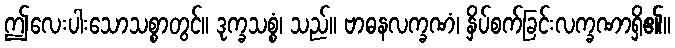
ဤလေးပါးသောသစ္စာတွင်။ ဒုက္ခသစ္စံ၊ သည်။ ဗာဓနလက္ခဏံ၊ နှိပ်စက်ခြင်းလက္ခဏာရှိ၏။